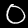
Digit: 0